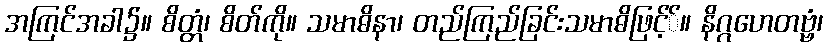
အကြင်အခါ၌။ စိတ္တံ၊ စိတ်ကို။ သမာဓိနာ၊ တည်ကြည်ခြင်းသမာဓိဖြင့််။ နိဂ္ဂဟေတဗ္ဗံ၊